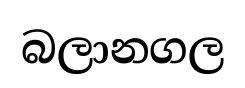
බලානගල